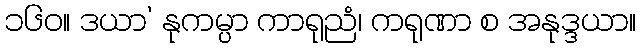
၁၆၀။ ဒယာ’ နုကမ္ပာ ကာရုညံ၊ ကရုဏာ စ အနုဒ္ဒယာ။